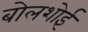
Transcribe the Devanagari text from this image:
बोलशोई